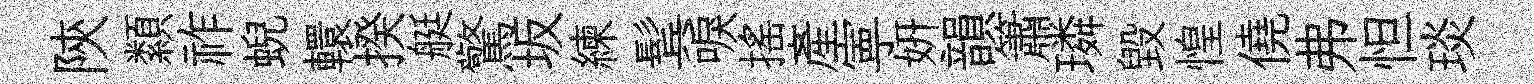
陝纇祚蜺轘揆艇驚坂練鬂唳搖產寕妍韻簫璘毁惶僥弗怛琰